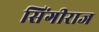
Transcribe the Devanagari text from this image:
सिंगीराज